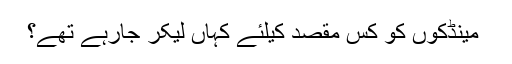
﻿ مینڈکوں کو کس مقصد کیلئے کہاں لیکر جارہے تھے؟